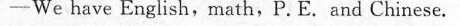
-We have English,math,P.E. And Chinese.